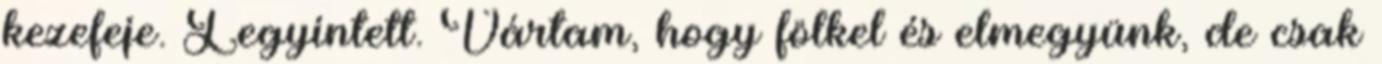
kezefeje. Legyintett. Vártam, hogy fölkel és elmegyünk, de csak